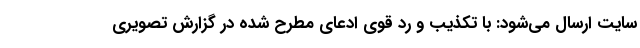
سایت ارسال می‌شود: با تکذیب و رد قوی ادعای مطرح شده در گزارش تصویری